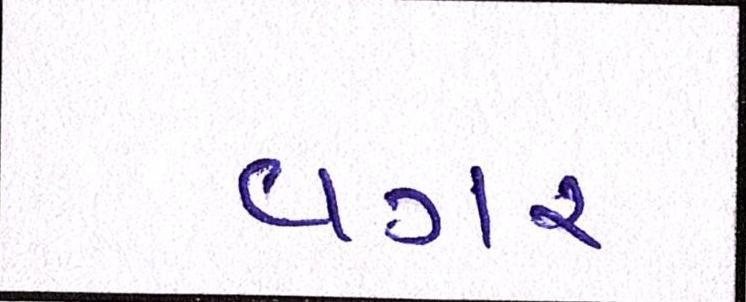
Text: વગર